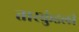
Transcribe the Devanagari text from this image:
तारकुंडली